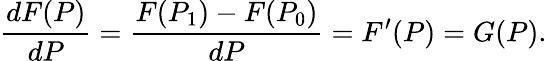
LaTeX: {\frac{dF(P)}{dP}}={\frac{F(P_{1})-F(P_{0})}{dP}}=F^{\prime}(P)=G(P).\,